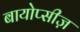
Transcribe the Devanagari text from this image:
बायोप्सीज़